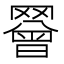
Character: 𦌝